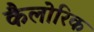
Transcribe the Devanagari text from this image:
कैलोरिक